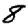
Digit: 8